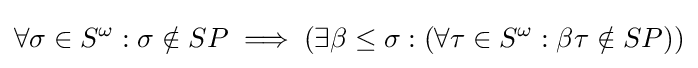
\forall \sigma \in S^{\omega }:\sigma \notin SP\implies (\exists \beta \leq \sigma :(\forall \tau \in S^{\omega }:\beta \tau \notin SP))